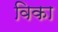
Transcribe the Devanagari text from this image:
विका